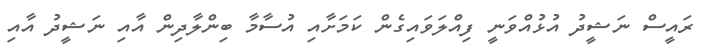
ރައީސް ނަޝީދު އުޅުއްވަނީ ފިއްލަވައިގެން ކަމަށާއި އުސާމާ ބިންލާދިން އާއި ނަޝީދު އާއި